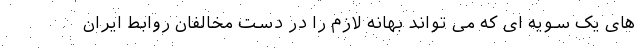
های یک سویه ای که می تواند بهانه لازم را در دست مخالفان روابط ایران